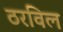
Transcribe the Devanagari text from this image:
ठरविल